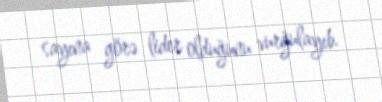
sayına görə lider olduğunu vurğulayıb.